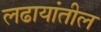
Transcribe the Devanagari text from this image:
लढायांतील